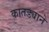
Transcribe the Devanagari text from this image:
कातड्याने